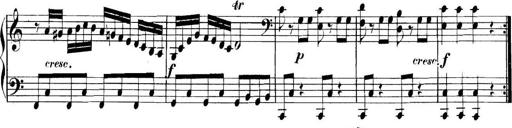
Title: Collected Piano Sonatas
Composer: Muzio Clementi